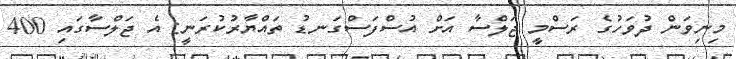
މިނިވަން ދުވަހުގެ ރަސްމީ ޖަލްސާ އަށް އުސްފަސްގަނޑު ތައްޔާރުކުރަނީ: އެ ޖަލްސާގައި 400